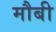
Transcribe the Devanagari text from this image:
मौबी